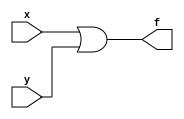
module ORf(x,y,f);
input x,y;
output f;
assign f = x|y;
endmodule